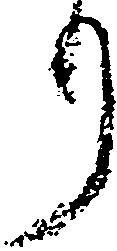
り